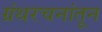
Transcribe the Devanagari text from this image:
ग्रंथरचनांतून